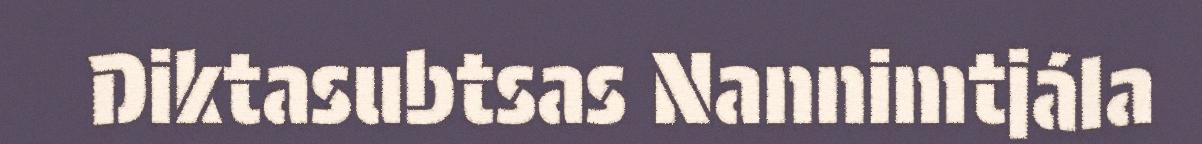
Diktasubtsas Nannimtjála